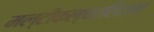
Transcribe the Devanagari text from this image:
मल्टीकल्चरलिज़म